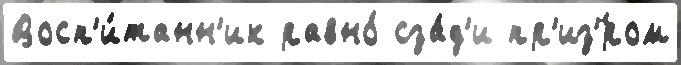
Восп'и́танн'ик равно́ сза́д'и пр'из'́ром